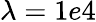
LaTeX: \lambda=1e4